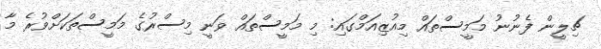
ޗިލީން ފެނުނު މަމީސްތައް މިއުޒިއަމްގައި: މި މަމީސްތައް ވަނީ މިސްރުގެ މަމީސްތަކަށްވުރެ މާ